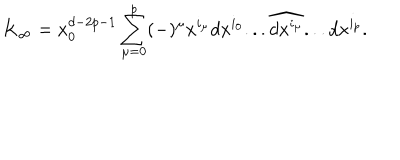
LaTeX: K _ { \infty } = x _ { 0 } ^ { d - 2 p - 1 } \sum _ { \mu = 0 } ^ { p } ( - ) ^ { \mu } x ^ { i _ { \mu } } d x ^ { i _ { 0 } } . . . \widehat { d x ^ { i _ { \mu } } } . . . d x ^ { i _ { p } } .